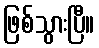
ဖြစ်သွားပြီ။